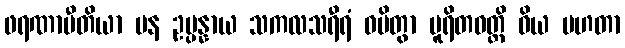
ဖရဏာပီတိယာ ပန ဥပ္ပန္နာယ သကလသရီရံ ဓမိတွာ ပူရိတဝတ္ထိ ဝိယ မဟတာ